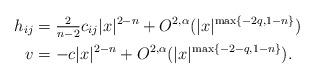
LaTeX: \begin{align*}h_{ij} &= \tfrac{2}{n-2} c_{ij} |x|^{2-n} + O^{2,\alpha}(|x|^{\max\{-2q, 1-n \}})\\v &= -c |x|^{2-n} + O^{2,\alpha}(|x|^{\max\{-2-q, 1-n \}}).\end{align*}